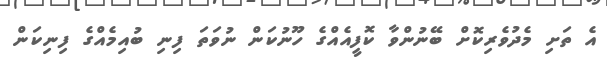
އެ ތަށި މެދުވެރިކޮށް ބޭނުންވާ ކޮފީއެއްގެ ހޫނުކަން ނުވަތަ ފިނި ބުއިމެއްގެ ފިނިކަން